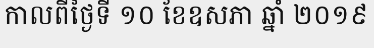
កាលពីថ្ងៃទី ១០ ខែឧសភា ឆ្នាំ ២០១៩